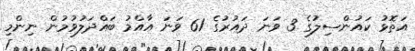
އަތޮޅު ކައުންސިލުގެ 3 ވަނަ ދައުރުގެ 61 ވަނަ އާއްމު ބައްދަލުވުމުން ނިންމި